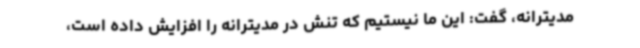
مدیترانه، گفت: این ما نیستیم که تنش در مدیترانه را افزایش داده است،